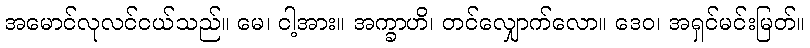
အမောင်လုလင်ငယ်သည်။ မေ၊ ငါ့အား။ အက္ခာဟိ၊ တင်လျှောက်လော။ ဒေဝ၊ အရှင်မင်းမြတ်။